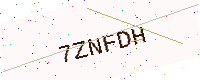
Text: 7ZNFDH